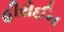
હીરોઈન